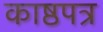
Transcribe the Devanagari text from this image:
काष्ठपत्र